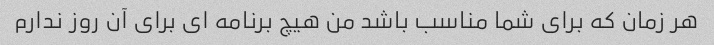
هر زمان که برای شما مناسب باشد من هیچ برنامه ای برای آن روز ندارم